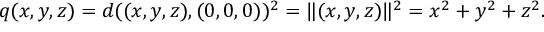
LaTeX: q ( x , y , z ) = d ( ( x , y , z ) , ( 0 , 0 , 0 ) ) ^ { 2 } = \| ( x , y , z ) \| ^ { 2 } = x ^ { 2 } + y ^ { 2 } + z ^ { 2 } .